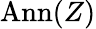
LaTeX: \mathrm{Ann}(Z)